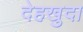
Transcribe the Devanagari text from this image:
देहखुदा